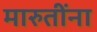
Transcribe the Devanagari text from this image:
मारुतींना